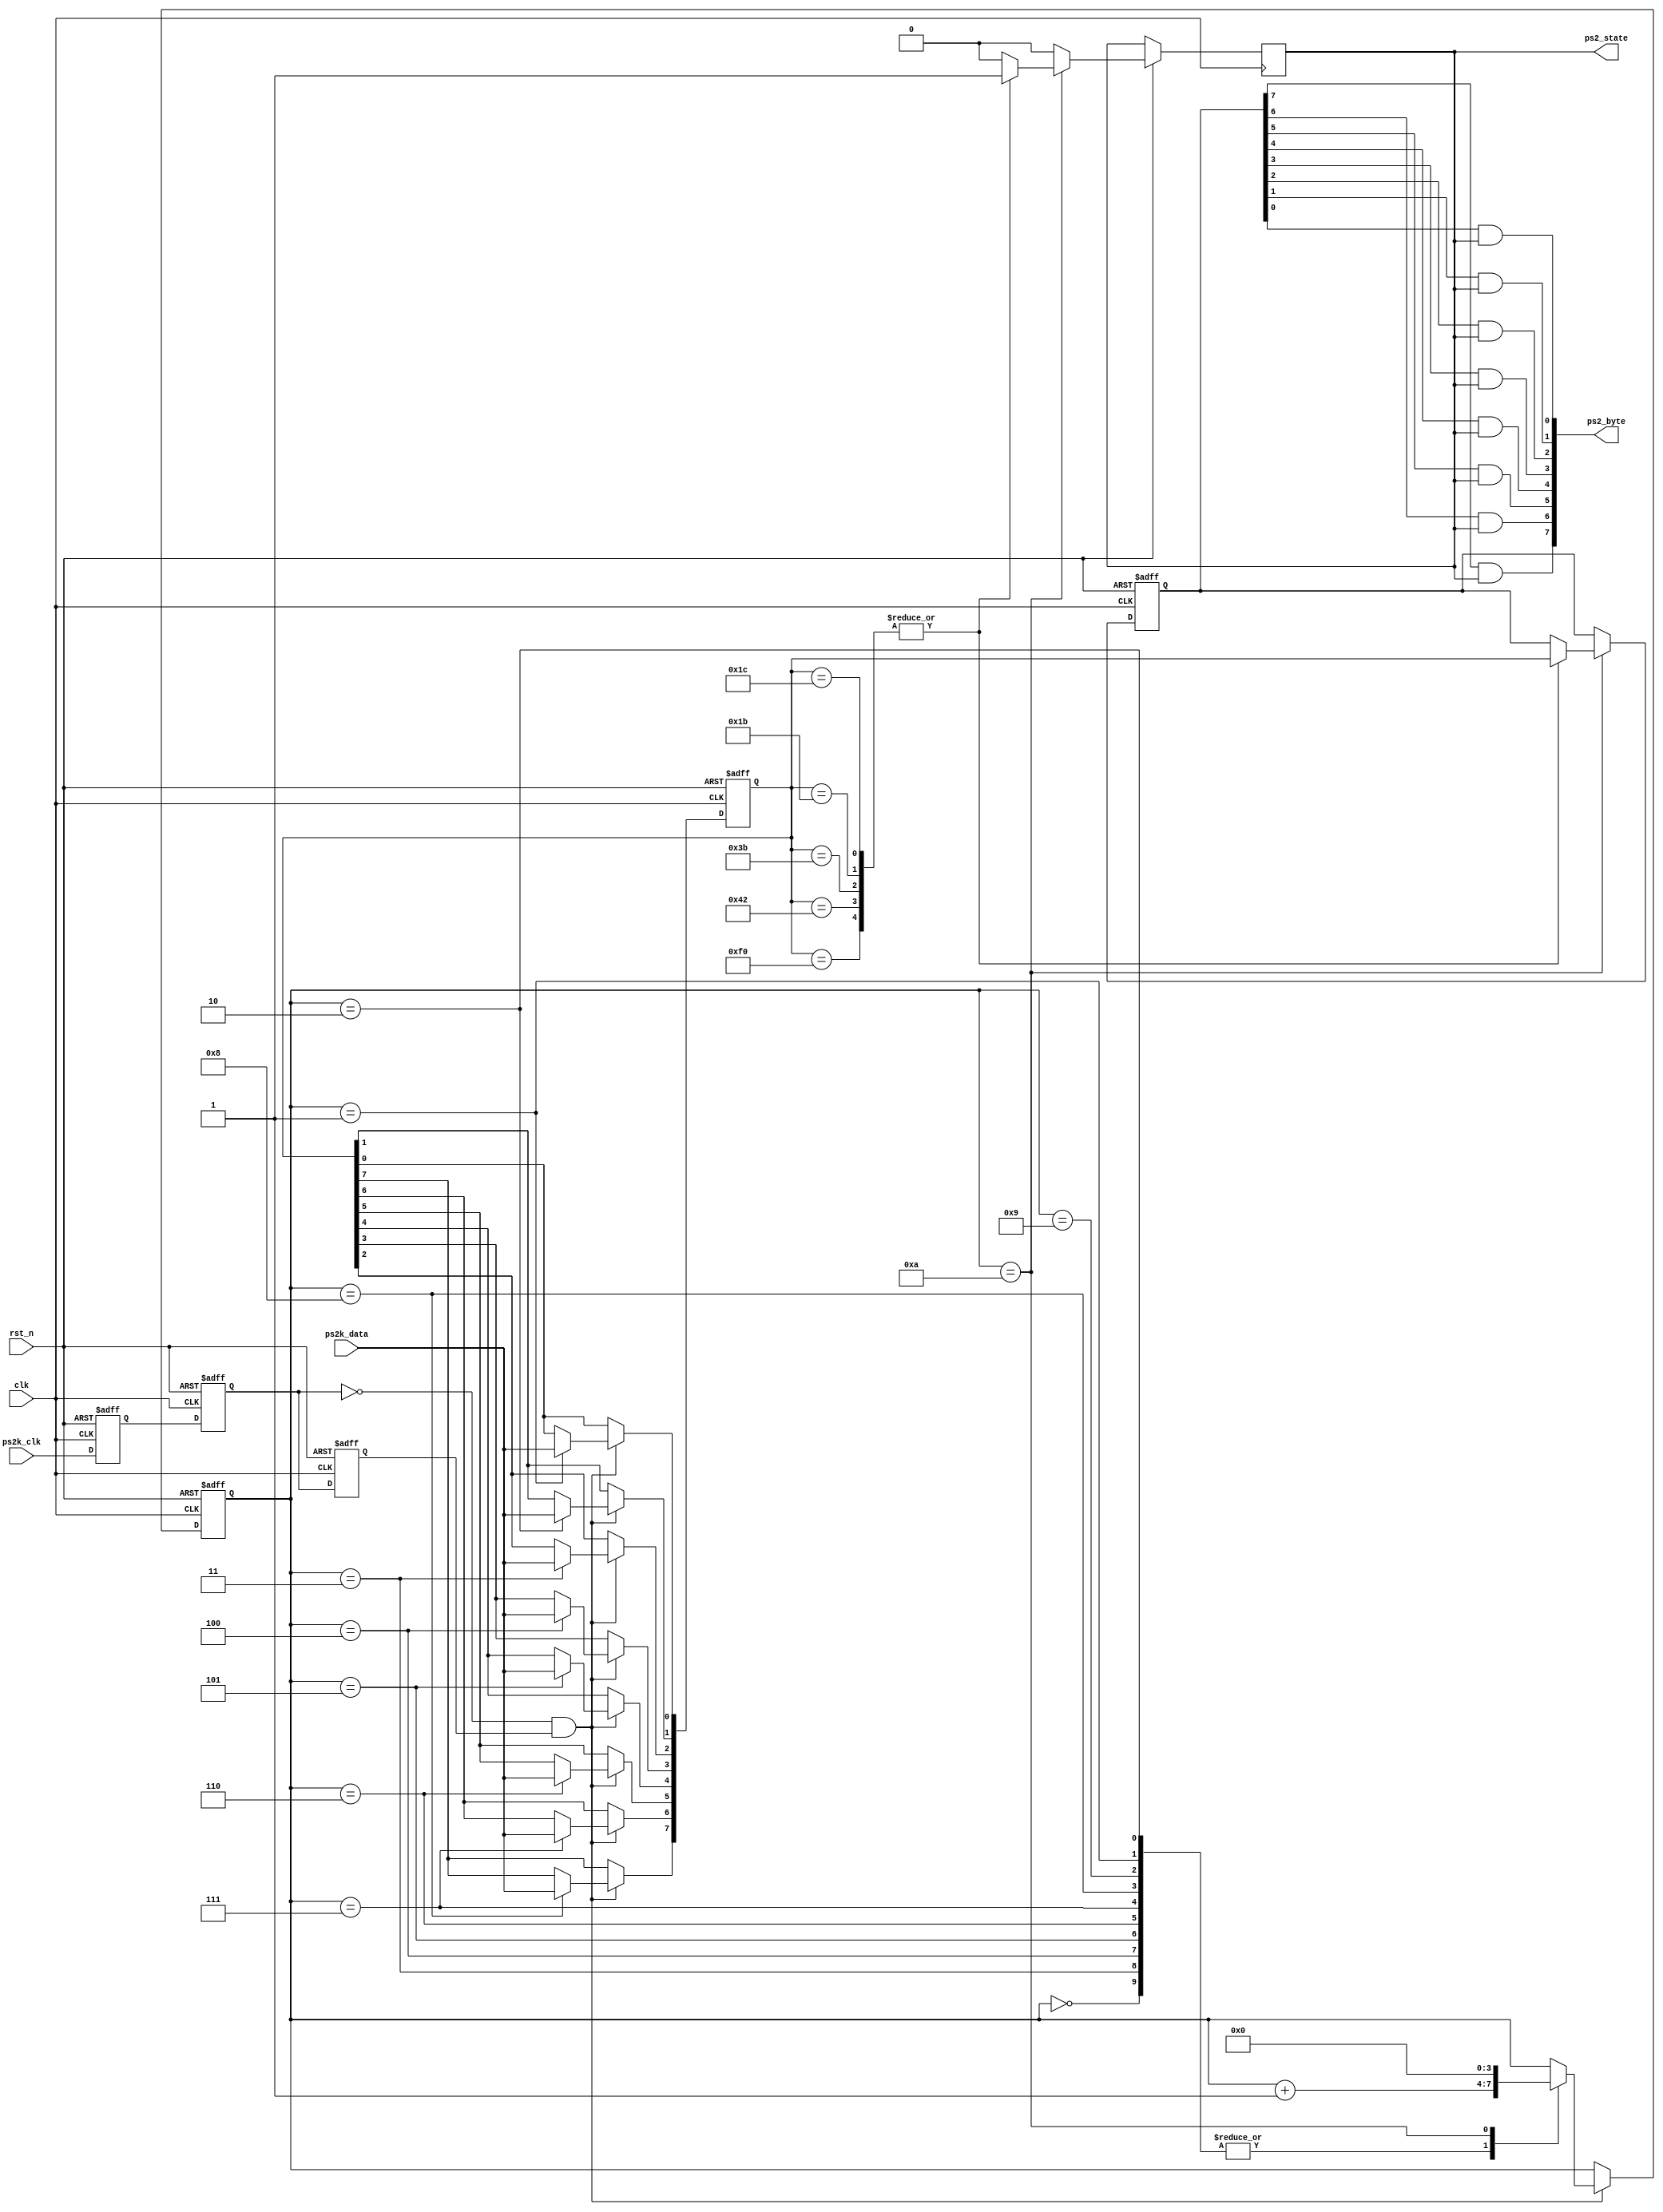
module ps2_keyboard_driver(clk,rst_n,ps2k_clk,ps2k_data,ps2_byte,ps2_state);

input clk;		//50M
input rst_n;	//
input ps2k_clk;	//PS2
input ps2k_data;		//PS2
output wire [7:0] ps2_byte;	// 1byte
output ps2_state;		//ps2_state=1 


//------------------------------------------
reg ps2k_clk_r0,ps2k_clk_r1,ps2k_clk_r2;	//ps2k_clk

//wire pos_ps2k_clk; 	// ps2k_clk
wire neg_ps2k_clk;	// ps2k_clk
//PS2k_clk
//neg_ps2k_clk
always @ (posedge clk or negedge rst_n) begin
	if(!rst_n) begin
			ps2k_clk_r0 <= 1'b0;
			ps2k_clk_r1 <= 1'b0;
			ps2k_clk_r2 <= 1'b0;
		end
	else begin								//
			ps2k_clk_r0 <= ps2k_clk;
			ps2k_clk_r1 <= ps2k_clk_r0;
			ps2k_clk_r2 <= ps2k_clk_r1;
		end
end

assign neg_ps2k_clk = ~ps2k_clk_r1 & ps2k_clk_r2;	//

//------------------------------------------
	/*

	1112bit 
			1bit start bit ,This is always 0,
			 8bit data bits, 
			 1 parity bit,(odd parity)
			 data bits 11
			 data bits 10.
	         1bit stop bit ,this is always 1.
				num  'h00,'h0A;
*/
reg[7:0] ps2_byte_r;		//PCPS2
reg[3:0] num;				//

reg[7:0] temp_data;			//
always @ (posedge clk or negedge rst_n) begin
	if(!rst_n) begin
			num <= 4'd0;
			temp_data <= 8'd0;
		end
	else if(neg_ps2k_clk) begin	//ps2k_clk
			case (num)
			 /*
		
		buf,size is one Byte.

	 */   
				4'd0:	num <= num+1'b1;
				4'd1:	begin
							num <= num+1'b1;
							temp_data[0] <= ps2k_data;	//bit0
						end
				4'd2:	begin
							num <= num+1'b1;
							temp_data[1] <= ps2k_data;	//bit1
						end
				4'd3:	begin
							num <= num+1'b1;
							temp_data[2] <= ps2k_data;	//bit2
						end
				4'd4:	begin
							num <= num+1'b1;
							temp_data[3] <= ps2k_data;	//bit3
						end
				4'd5:	begin
							num <= num+1'b1;
							temp_data[4] <= ps2k_data;	//bit4
						end
				4'd6:	begin
							num <= num+1'b1;
							temp_data[5] <= ps2k_data;	//bit5
						end
				4'd7:	begin
							num <= num+1'b1;
							temp_data[6] <= ps2k_data;	//bit6
						end
				4'd8:	begin
							num <= num+1'b1;
							temp_data[7] <= ps2k_data;	//bit7
						end
				4'd9:	begin
							num <= num+1'b1;	//
						end
				4'd10: begin
							num <= 4'd0;	// num
						end
				default: ;
				endcase
		end	
		//else temp_data <= 8'h00;
end

reg key_f0;		//18'hf0
reg ps2_state_r;	//ps2_state_r=1 
reg[7:0] ps2_asci;	//ASCII
//+++++++++++++++++++++++++++++++=============
always @ (posedge clk or negedge rst_n) begin	//1byte
	if(!rst_n) begin
			key_f0 <= 1'b0;
			ps2_asci <= 1'b0;
		end
	else if(num==4'd10) begin///
			case (temp_data)		//ASCII				  	
				8'h1c,8'h1b,8'h3b,8'h42,8'hf0: begin 
					ps2_asci <= temp_data;	//A S J K stop
					ps2_state_r <= 1'b1;
				end
			default: 
				ps2_state_r <= 1'b0;
			endcase
		end
	else begin
		ps2_state_r <= 1'b0;
	end
end


assign ps2_byte[7] = ps2_asci[7] & ps2_state;	 
assign ps2_byte[6] = ps2_asci[6] & ps2_state;	 
assign ps2_byte[5] = ps2_asci[5] & ps2_state;	 
assign ps2_byte[4] = ps2_asci[4] & ps2_state;	 
assign ps2_byte[3] = ps2_asci[3] & ps2_state;	 
assign ps2_byte[2] = ps2_asci[2] & ps2_state;	 
assign ps2_byte[1] = ps2_asci[1] & ps2_state;	 
assign ps2_byte[0] = ps2_asci[0] & ps2_state;	 
assign ps2_state = ps2_state_r;

//==================keyboard driver part over======================

endmodule